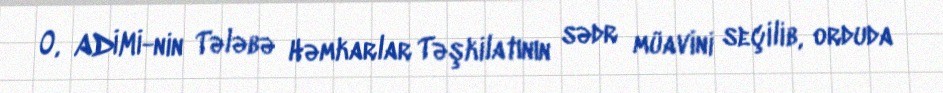
O, ADİMİ-nin Tələbə Həmkarlar Təşkilatının sədr müavini seçilib, orduda